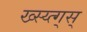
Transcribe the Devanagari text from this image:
ख्स्य्त्ग्स्